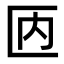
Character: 𠥮